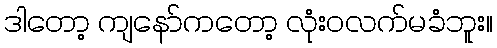
ဒါတော့ ကျနော်ကတော့ လုံးဝလက်မခံဘူး။